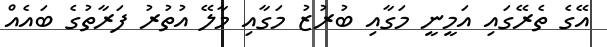
އޭގެ ތެރޭގައި އަމީނީ މަގާއި ބުރުޒު މަގާއި މާލޭ އުތުރު ފަރާތުގެ ބައެއް